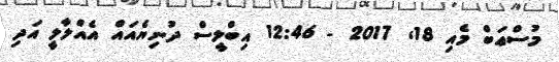
މުސްޢަބް މެއި 18